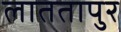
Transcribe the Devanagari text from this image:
लाततापुर